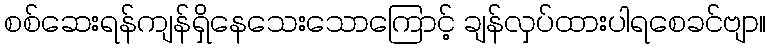
စစ်ဆေးရန်ကျန်ရှိနေသေးသောကြောင့် ချန်လှပ်ထားပါရစေခင်ဗျာ။